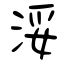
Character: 浽